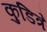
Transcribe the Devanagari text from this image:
कुडित्रे